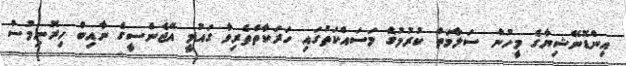
އިންޑޮނޭޝިޔާގެ މީހުން ސަލާމަތް ކުރުމުގެ މަސައްކަތުގައި ހަރަކާތްތެރިވާ ގައުމީ އޭޖެންސީގެ ނާއިބް ހިރޮނިމުސް